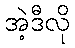
အဲ့ဒီလို